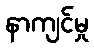
နာကျင်မှု